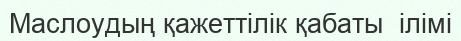
Маслоудың қажеттілік қабаты  ілімі